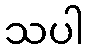
သပါ